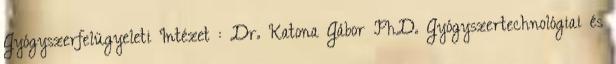
Gyógyszerfelügyeleti Intézet : Dr. Katona Gábor PhD. Gyógyszertechnológiai és